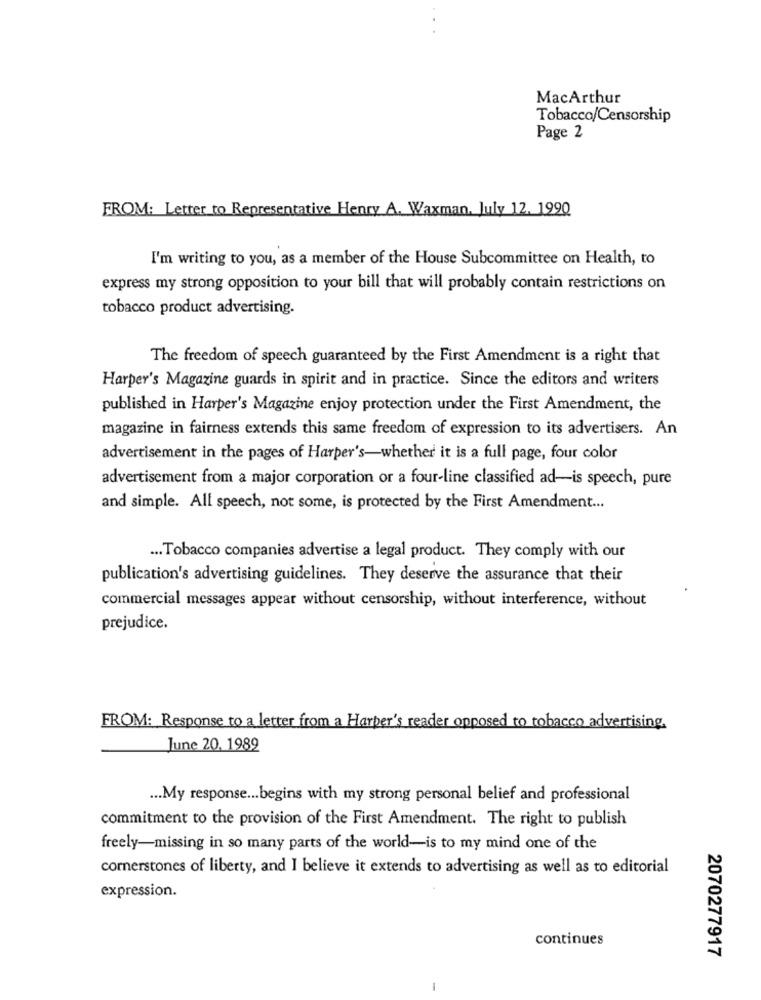
MacArthur
Tobacco/Censorship
Page 2
FROM: Letter to Representative Henry A. Waxman. July 12. 1990
I'm writing to you, as a member of the House Subcommittee on Health, to
express my strong opposition to your bill that will probably contain restrictions on
tobacco product advertising.
The freedom of speech guaranteed by the First Amendment is a right that
Harper's Magazine guards in spirit and in practice. Since the editors and writers
published in Harper's Magazine enjoy protection under the First Amendment, the
magazine in fairness extends this same freedom of expression to its advertisers. An
advertisement in the pages of Harper's-whether it is a full page, four color
advertisement from a major corporation or a four-line classified ad-is speech, pure
and simple. All speech, not some, is protected by the First Amendment ...
... Tobacco companies advertise a legal product. They comply with our
publication's advertising guidelines. They deserve the assurance that their
commercial messages appear without censorship, without interference, without
prejudice.
FROM: Response to a letter from a Harper's reader opposed to tobacco advertising.
June 20. 1989
... My response ... begins with my strong personal belief and professional
commitment to the provision of the First Amendment. The right to publish
freely-missing in so many parts of the world-is to my mind one of the
cornerstones of liberty, and I believe it extends to advertising as well as to editorial
expression.
continues
2070277917
-